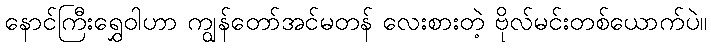
နောင်ကြီးရွှေဝါဟာ ကျွန်တော်အင်မတန် လေးစားတဲ့ ဗိုလ်မင်းတစ်ယောက်ပဲ။